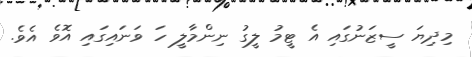
މިދިޔަ ސީޒަނުގައި އެ ޓީމު ލީގު ނިންމާލީ ހަ ވަނައިގައި އޮވެ އެވެ.